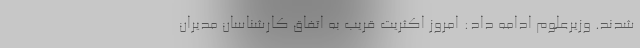
شدند. وزیرعلوم ادامه داد: امروز اکثریت قریب به اتفاق کارشناسان مدیران